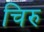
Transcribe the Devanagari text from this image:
चिरु